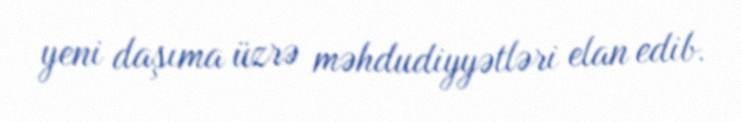
yeni daşıma üzrə məhdudiyyətləri elan edib.